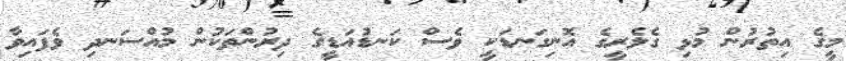
މީގެ އިތުރުން މުޅި ގެލެރީގެ އޮނިގަނޑަކީ ވެސް ކަނޑުއަޑީގެ ދިރުންތަކުން މުއްސަނދި ވެފައިވާ